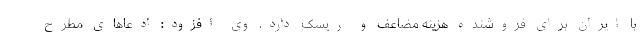
با ایران برای فروشنده هزینه مضاعف و ریسک دارد. وی افزود: ادعاهای مطرح